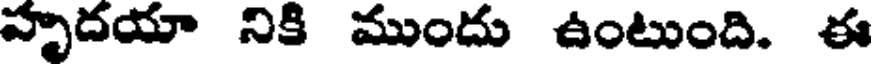
హృదయా నికి ముందు ఉంటుంది. ఈ